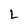
Character: L